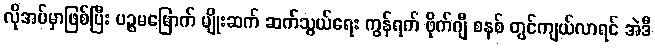
လိုအပ်မှာဖြစ်ပြီး ပဉ္စမမြောက် မျိုးဆက် ဆက်သွယ်ရေး ကွန်ရက် ဖိုက်ဂျီ စနစ် တွင်ကျယ်လာရင် အဲဒီ